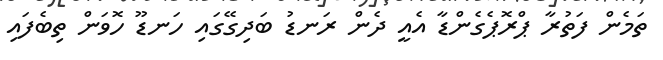
ތަމެން ފަތުރާ ޕްރޮޕެގެންޑާ އެއީ ދެން ރަނޑު ބަދިގޭގައި ހަނޑޫ ހޮވަން ތިބެފައި